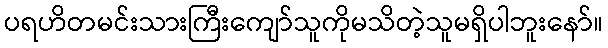
ပရဟိတမင်းသားကြီးကျော်သူကိုမသိတဲ့သူမရှိပါဘူးနော်။